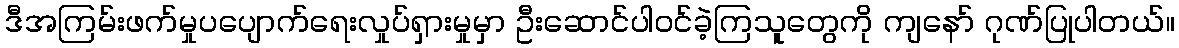
ဒီအကြမ်းဖက်မှုပပျောက်ရေးလှုပ်ရှားမှုမှာ ဦးဆောင်ပါဝင်ခဲ့ကြသူတွေကို ကျနော် ဂုဏ်ပြုပါတယ်။